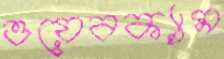
ওয়েবক্যাম